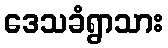
ဒေသခံရွာသား